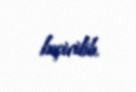
keçirilib.